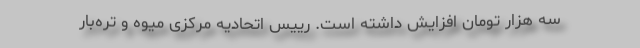
سه هزار تومان افزایش داشته است. رییس اتحادیه مرکزی میوه و تره‌بار